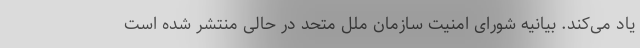
یاد می‌کند. بیانیه شورای امنیت سازمان ملل متحد در حالی منتشر شده است